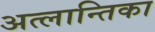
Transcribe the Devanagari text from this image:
अत्लान्तिका